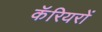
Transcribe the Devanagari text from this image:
कॅरियरों